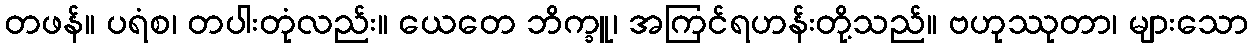
တဖန်။ ပရံစ၊ တပါးတုံလည်း။ ယေတေ ဘိက္ခူ၊ အကြင်ရဟန်းတို့သည်။ ဗဟုဿုတာ၊ များသော